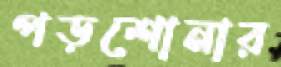
পড়শোনার